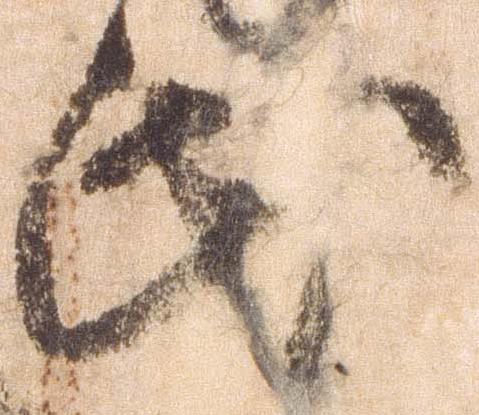
氏